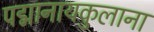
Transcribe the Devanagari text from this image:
पद्मानायकुलाना